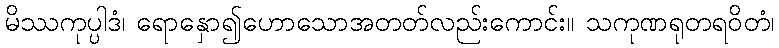
မိဿကုပ္ပါဒံ၊ ရောနှော၍ဟောသောအတတ်လည်းကောင်း။ သကုဏရုတရဝိတံ၊